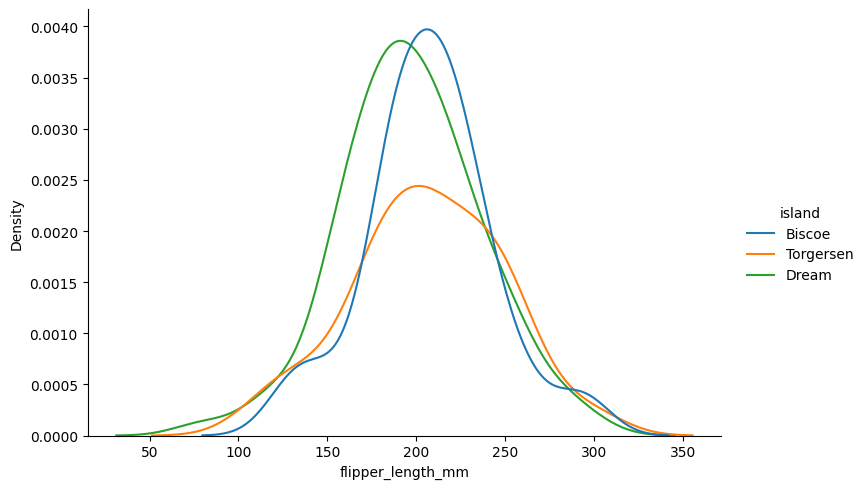
python, seaborn, displot, kind='kde', column='flipper_length_mm', hue='island', height=5, aspect=1.5